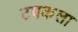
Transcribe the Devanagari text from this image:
टपकला